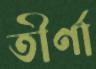
তীর্ণা